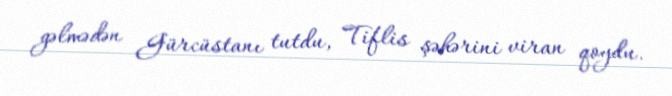
gəlmədən Gürcüstanı tutdu, Tiflis şəhərini viran qoydu.